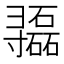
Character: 𫴷